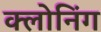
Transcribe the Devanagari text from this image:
क्‍लोनिंग